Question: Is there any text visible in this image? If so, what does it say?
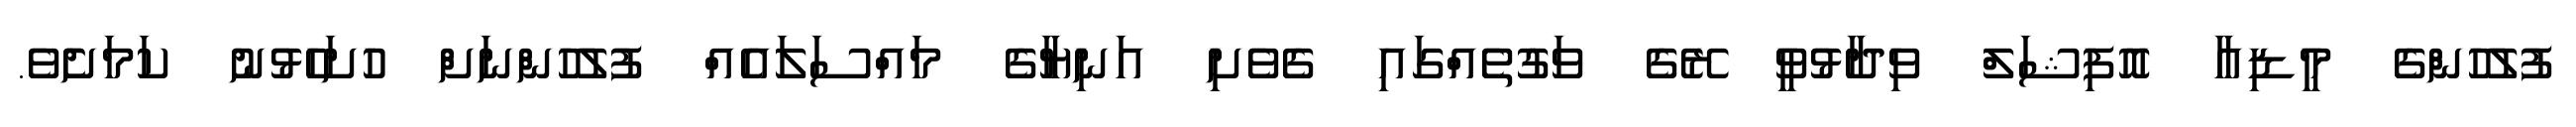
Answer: ފުލުހުންގެ މީޑިއާ އޮފިޝަލް ވިދާޅުވީ ރޭގެ ވަގުތެއްގައި ގެވެށި އަނިޔާގެ މައްސަލައެއް ފުލުހުންނަށް ހުށަހެޅުނު ކަމަށެެވެ.